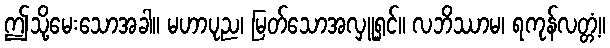
ဤသို့မေးသောအခါ။ မဟာပုည၊ မြတ်သောအလှူရှင်။ လဘိဿာမ၊ ရကုန်လတ္တံ့။